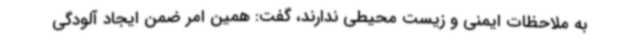
به ملاحظات ایمنی و زیست محیطی ندارند، گفت: همین امر ضمن ایجاد آلودگی